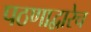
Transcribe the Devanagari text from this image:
पठणाद्वारेच